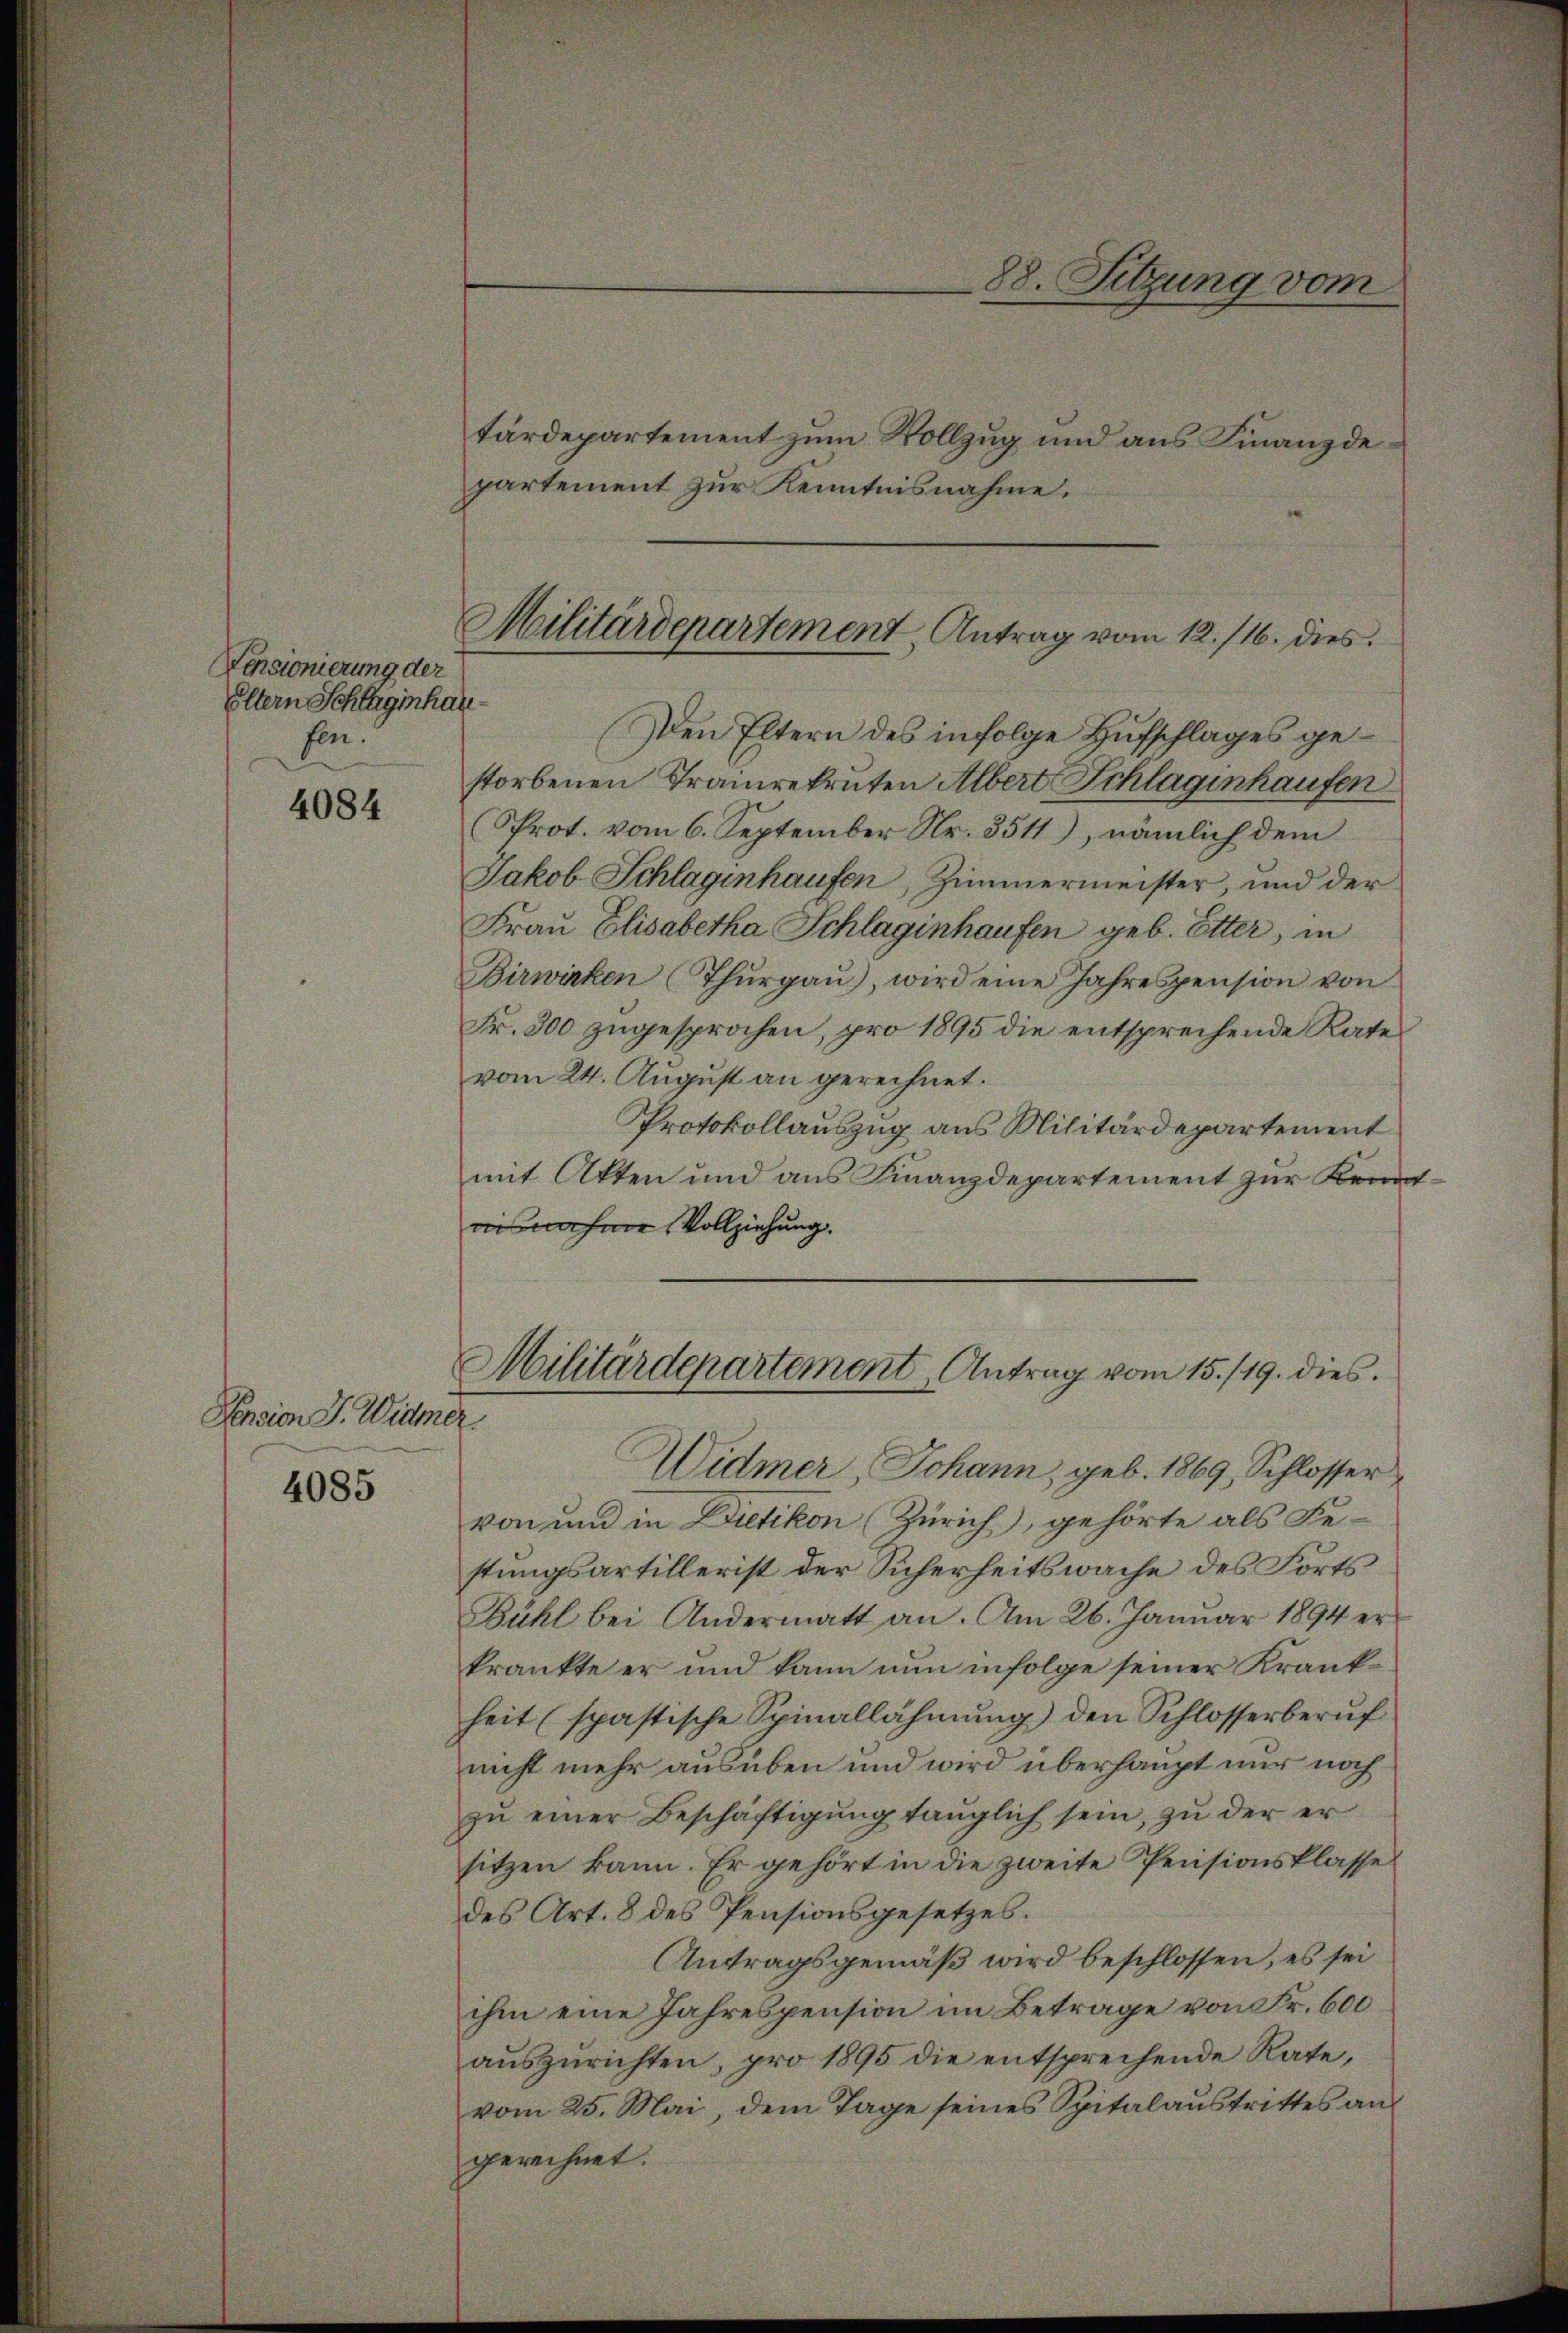
4084

Pension J. Widmer.

4085

Pensionierung der
Eltern Schlaginhau
fen.

tärdepartement zum Vollzug und aus Finanzde
partement zur Kenntnisnahme.
Den Eltern des infolge Hufschlages gestorbenen Trainrekruten Albert Schlaginhaufen
Prot. vom 6. September Nr. 3511), nämlich dem
Jakob Schlagenhaufen, Zimmermeister, und der
Frau Elisabetha Schlaginhaufen geb. Etter, in
Birwirken (Thŭrgaŭ), wird eine Jahrespension von
Fr. 300 zugesprochen, pro 1895 die entsprechende Rate
vom 24. August an gerechnet.
Protokollauszug aus Militärdepartement
mit Akten und aus Finanzdepartement zur Kenn
iis nahme Vollziehung.
Militärdepartement Antrag vom 15. /19. dies.
Widmer, Johann, geb. 1869, Schlosser
von und in Bietikon (Zürich), gehörte als Festungsartillerist der Sicherheitswache des Forts
Bühl bei Andermatt an. Am 26. Januar 1894 er
krankte er und kann nun infolge seiner Krankheit (spästische Spinallahmŭng den Schlosserberŭf
nicht mehr ausüben und wird überhaupt nur noch
zŭ einer Beschäftigung tauglich sein, zu der er
sitzen kann. Er gehört in die zweite Pensionsklasse
des Art. 8 des Pensionsgesetzes.
Antragsgemäß wird beschlossen, es sei
ihm eine Jahrespension im Betrage von Fr. 600
auszurichten, pro 1895 die entsprechende Rate,
vom 25. Mai, dem Tage seines Spitalaŭstrittes an
gerechnet.

Militärdepartement, Antrag vom 12. 116. dies

88. Sitzung vom